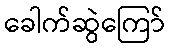
ခေါက်ဆွဲကြော်